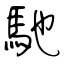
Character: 馳